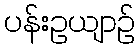
ပန်းဥယျာဉ်